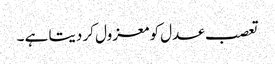
تعصب عدل کو معزول کر دیتا ہے ۔